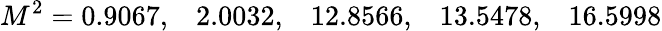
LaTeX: M^{2}=0.9067,\; \; \; 2.0032,\; \; \; 12.8566,\; \; \; 13.5478,\; \; \; 16.5998